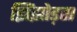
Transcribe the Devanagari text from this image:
झिंझोड़ता